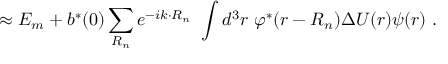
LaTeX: \approx E _ { m } + b ^ { * } ( 0 ) \sum _ { \boldsymbol { R _ { n } } } e ^ { - i { \boldsymbol { k \cdot R _ { n } } } } \ \int d ^ { 3 } r \ \varphi ^ { * } ( { \boldsymbol { r - R _ { n } } } ) \Delta U ( { \boldsymbol { r } } ) \psi ( { \boldsymbol { r } } ) \ .